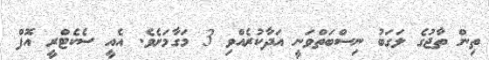
ތިން ތާޖުގެ ލަގަބު ނިސްބަތްވަނީ އަދާކުރެއްވި 3 މަގާމަށެވެ. އެއީ ސެކެޓްރީ އޮފް